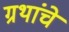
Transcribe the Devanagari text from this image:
ग्रथांचे